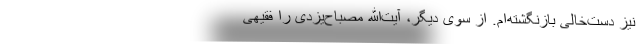
نیز دست‌خالی بازنگشته‌ام. از سوی دیگر، آیت‌الله مصباح‌یزدی را فقیهی